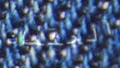
الجثمان